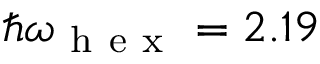
\hbar \omega _ { \mathrm { ~ h ~ e ~ x ~ } } = 2 . 1 9